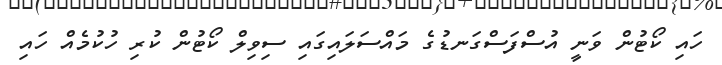
ހައި ކޯޓުން ވަނީ އުސްފަސްގަނޑުގެ މައްސަލައިގައި ސިވިލް ކޯޓުން ކުރި ހުކުމެއް ހައި